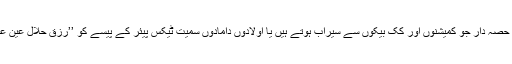
وہ جانے اور ان کے حصہ دار جو کمیشنوں اور کک بیکوں سے سیراب ہوتے ہیں یا اولادوں دامادوں سمیت ٹیکس پیئر کے پیسے کو ’’رزق حلال عین عبادت‘‘ سمجھتے ہیں۔